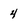
Character: 4